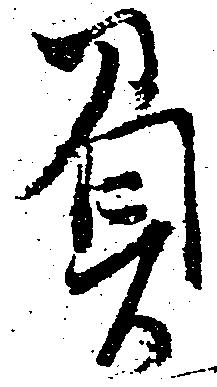
負